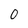
Character: 0